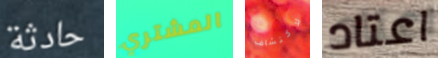
حادثة المشتري لاكتشاف اعتاد